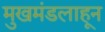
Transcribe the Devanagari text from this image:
मुखमंडलाहून